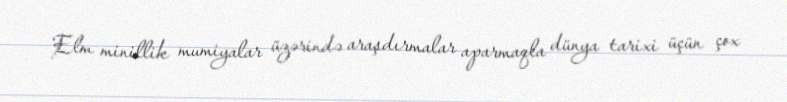
Elm minillik mumiyalar üzərində araşdırmalar aparmaqla dünya tarixi üçün çox